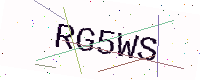
Text: RG5WS